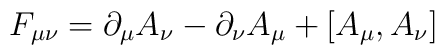
F_{\mu\nu}=\partial_{\mu}A_{\nu}-\partial_{\nu}A_{\mu}+[A_{\mu},A_{\nu}]